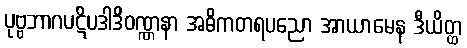
ပုဗ္ဗဘာဂပဋိပဒါဒိဝဏ္ဏနာ အဓိကတရပညော အာယာမေန ဒီယိတ္ထ